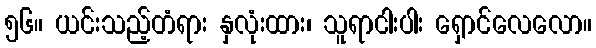
၅၆။ ယင်းသည့်တံရား နှလုံးထား၊ သူရာငါးပါး ရှောင်လေလော။